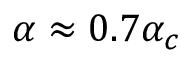
\alpha \approx 0 . 7 \alpha _ { c }